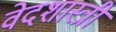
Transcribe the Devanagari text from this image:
वेदशास्त्री